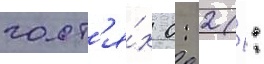
гост'я́х 0: 2 (1: